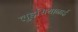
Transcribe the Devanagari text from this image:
लुइसियानाई